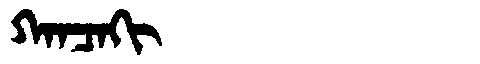
Manchu: ᡴᠠᠨᠴᠠᡴᡳ
Romanization: KANCAKI